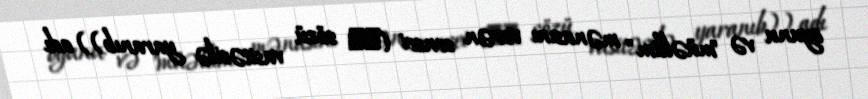
oyunu və "müəllim" mənasını verən sensei (先生 sözü vasitəsilə yaranıb)) adı